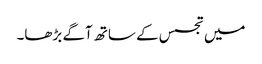
میں تجسس کے ساتھ آگے بڑھا۔